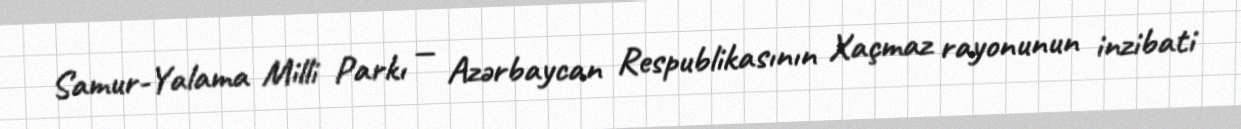
Samur-Yalama Milli Parkı — Azərbaycan Respublikasının Xaçmaz rayonunun inzibati